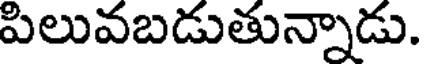
పిలువబడుతున్నాడు.